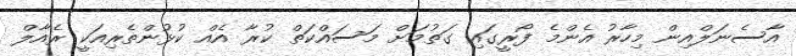
އާސެނަލްއިން މިހާރު އެންމެ ފޯރީގައި ގަތުމަށް މަސައްކަތް ކުރާ އެއް ކުޅުންތެރިއަކީ ރެއާލް